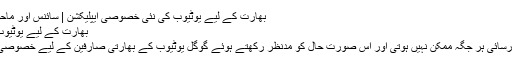
بھارت کے لیے یوٹیوب کی نئی خصوصی ایپلیکشن | سائنس اور ماحول | DW | 05.04.2017
بھارت کے لیے یوٹیوب کی نئی خصوصی ایپلیکشن
بھارت میں تیز انٹرنیٹ تک رسائی ہر جگہ ممکن نہیں ہوتی اور اس صورت حال کو مدنظر رکھتے ہوئے گوگل یوٹیوب کے بھارتی صارفین کے لیے خصوصی ایپب متعارف کروا رہا ہے۔